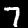
Label: 7